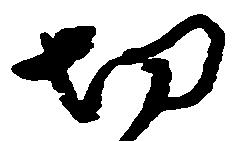
切